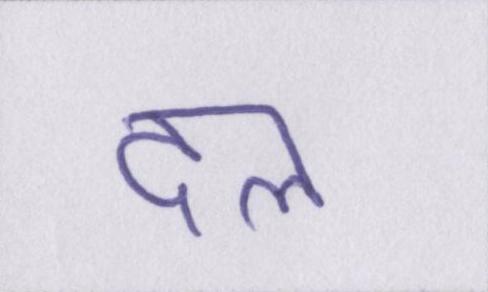
दल